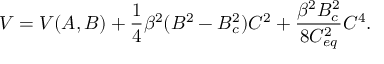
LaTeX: V = V ( A , B ) + \frac { 1 } { 4 } \beta ^ { 2 } ( B ^ { 2 } - B _ { c } ^ { 2 } ) C ^ { 2 } + \frac { \beta ^ { 2 } B _ { c } ^ { 2 } } { 8 C _ { e q } ^ { 2 } } C ^ { 4 } .